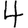
Digit: 4